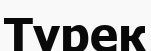
Түрек